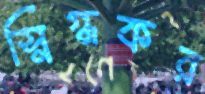
স্নিগ্ধকর